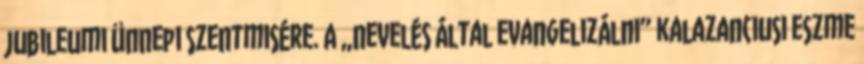
jubileumi ünnepi szentmisére. A „nevelés által evangelizálni” kalazanciusi eszme